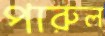
পারুল